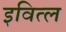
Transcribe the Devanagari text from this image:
इवित्ल